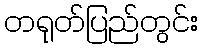
တရုတ်ပြည်တွင်း